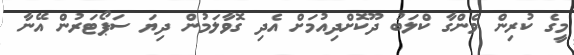
މީގެ ކުރިން ވެންގާ ކްލަބު ދޫކޮށްދިއުމަށް އެދި ގޮވާލަމުން ދިޔަ ސަޕޯޓަރުން އޭނާ